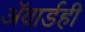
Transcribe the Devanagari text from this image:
ॲवार्डही